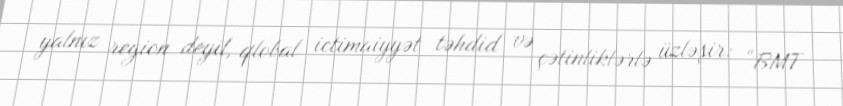
yalnız region deyil, qlobal ictimaiyyət təhdid və çətinliklərlə üzləşir: “BMT